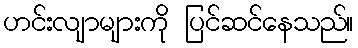
ဟင်းလျာများကို ပြင်ဆင်နေသည်။